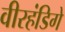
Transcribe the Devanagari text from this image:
वीरहंडिगे